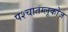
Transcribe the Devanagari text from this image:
पश्चातग्लूकोज